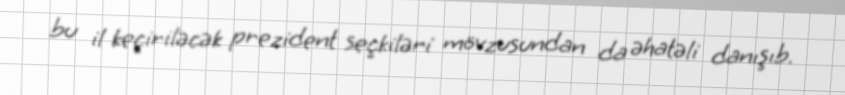
bu il keçiriləcək prezident seçkiləri mövzusundan da əhatəli danışıb.